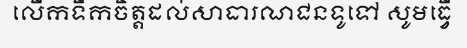
លើកទឹកចិត្តដល់សាធារណជនទូទៅ សូមធ្វើ